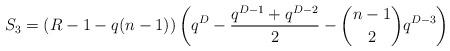
LaTeX: \begin{align*}S_3 = (R-1-q(n-1)) \left( q^{D} - \frac{q^{D-1} + q^{D-2}}{2} - {n-1 \choose 2}q^{D-3}\right)\end{align*}